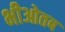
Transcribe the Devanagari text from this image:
भीओतब